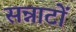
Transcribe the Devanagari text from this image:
सन्नाटों